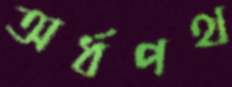
অর্ধপথ